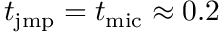
t _ { \mathrm { j m p } } = t _ { \mathrm { m i c } } \approx 0 . 2